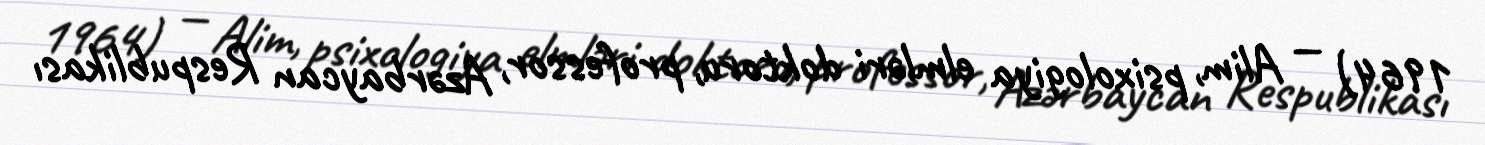
1964) — Alim, psixologiya elmləri doktoru, professor, Azərbaycan Respublikası